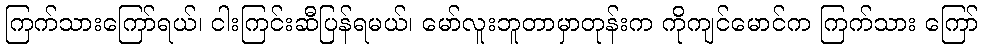
ကြက်သားကြော်ရယ်၊ ငါးကြင်းဆီပြန်ရမယ်၊ မော်လူးဘူတာမှာတုန်းက ကိုကျင်မောင်က ကြက်သား ကြော်